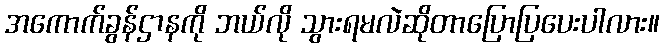
အကောက်ခွန်ဌာနကို ဘယ်လို သွားရမလဲဆိုတာပြောပြပေးပါလား။